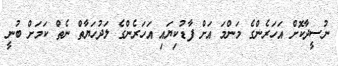
ނުސީދާކޮށް އަހަރެންގެ މަންމަ އަށް ފާޑުކިޔައި އަހަރެންގެ ލަދުހަޔާތް ނެތް ކަމަށް ބުނީ